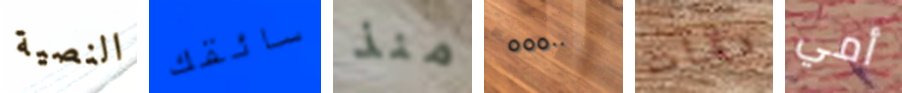
النصية سائقك منذ ٥٥٥٠٠ دقات أمي